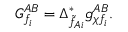
G _ { f _ { i } } ^ { A B } = \Delta _ { \tilde { f } _ { A i } } ^ { * } g _ { \chi f _ { i } } ^ { A B } .